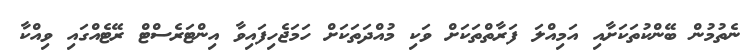
ނެތުމުން ބޭންކުތަކަށާއި އަމިއްލަ ފަރާތްތަކަށް ވަކި މުއްދަތަކަށް ހަމަޖެހިފައިވާ އިންޓަރެސްޓް ރޭޓެއްގައި ވިއްކާ